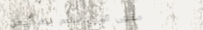
مقهى النيل يقدم لكم أجمل